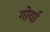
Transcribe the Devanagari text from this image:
गोर्या